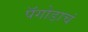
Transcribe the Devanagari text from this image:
पॅगोडाचं